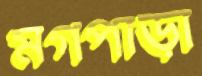
মগপাড়া